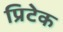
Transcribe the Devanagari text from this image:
प्रिटेक